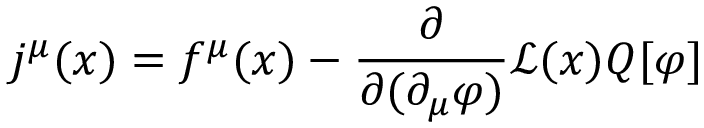
j ^ { \mu } ( x ) = f ^ { \mu } ( x ) - { \frac { \partial } { \partial ( \partial _ { \mu } \varphi ) } } { \mathcal { L } } ( x ) Q [ \varphi ]